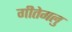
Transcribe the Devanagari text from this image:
गीतेगलु